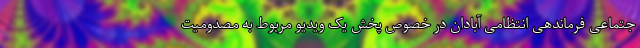
جتماعی فرماندهی انتظامی آبادان در خصوص پخش یک ویدیو مربوط به مصدومیت